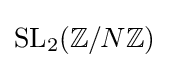
\mathrm {SL} _{2}(\mathbb {Z} /N\mathbb {Z} )